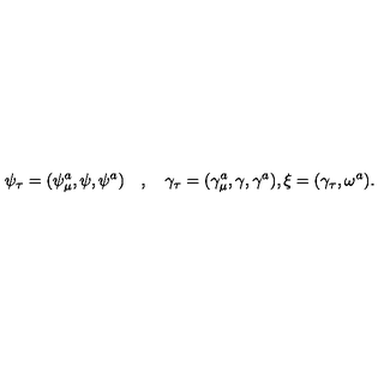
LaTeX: \psi _ { \tau } = ( \psi _ { \mu } ^ { a } , \psi , \psi ^ { a } ) \quad , \quad \gamma _ { \tau } = ( \gamma _ { \mu } ^ { a } , \gamma , \gamma ^ { a } ) , \xi = ( \gamma _ { \tau } , \omega ^ { a } ) .